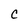
Character: c